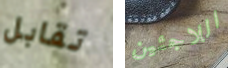
تقابل اللاجئين